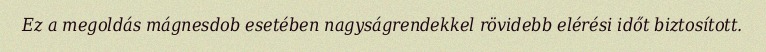
Ez a megoldás mágnesdob esetében nagyságrendekkel rövidebb elérési időt biztosított.